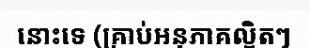
នោះទេ (គ្រាប់អនុភាគល្អិតៗ